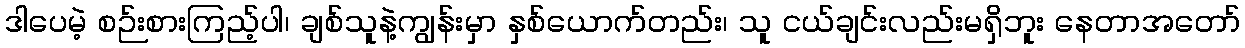
ဒါပေမဲ့ စဉ်းစားကြည့်ပါ၊ ချစ်သူနဲ့ကျွန်းမှာ နှစ်ယောက်တည်း၊ သူ ငယ်ချင်းလည်းမရှိဘူး နေတာအတော်